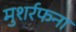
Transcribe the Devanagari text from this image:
मुशर्रफना